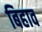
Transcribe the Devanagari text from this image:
बिहाव